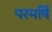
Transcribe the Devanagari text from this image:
परमर्षि